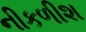
નીકળીશ